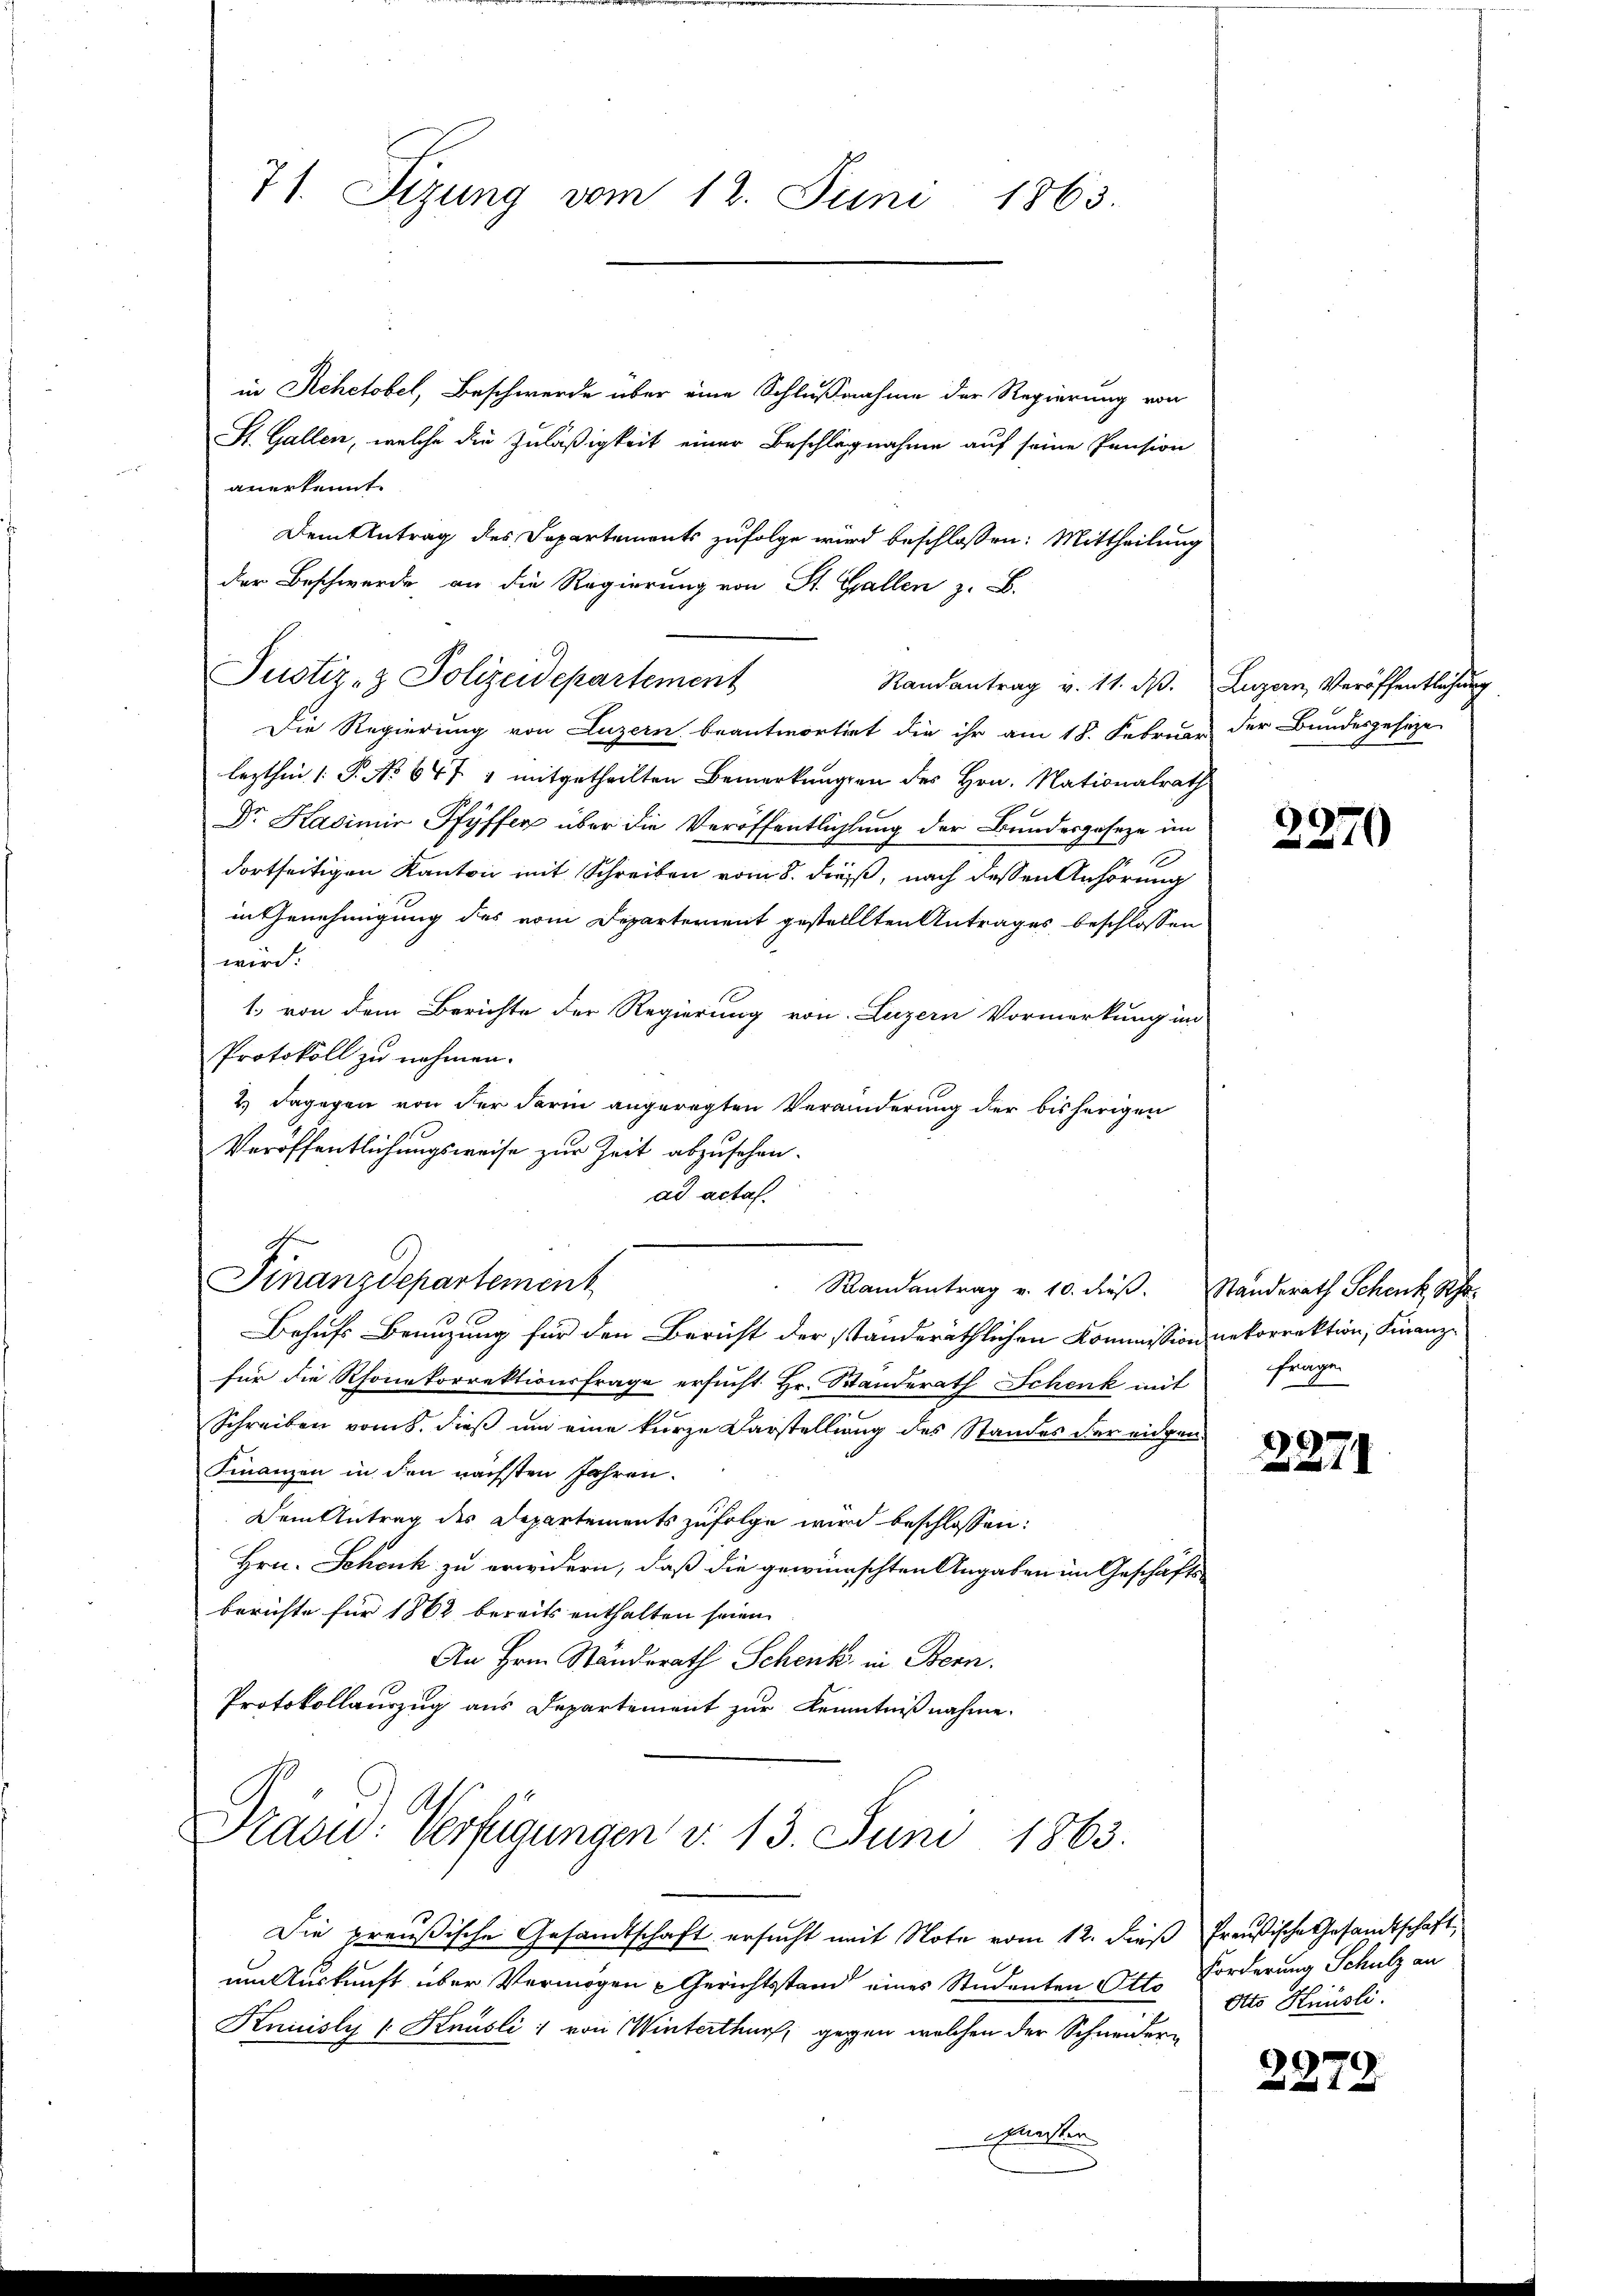
71. Sizung vom 12. Juni 1863.

in Rehetobel, Beschwerde über eine Schlußnahme der Regierung von
St. Gallen, welche die Zuläßigkeit einer Beschlagnahme auf seine Pension
anerkennt.
Dem Antrag des Departements zufolge wird beschlossen: Mittheilung
der Beschwerde an die Regierung von St. Gallen z. B.
Randantrag v. 11. d. Luzern, Veröffentlichung
Die Regierung von Luzern beantwortigt die ihr am 18. Februar der Bundesgeseze
lezthin 1 S. No 647 & mitgetheilten Bemerkungen des Hrn. Nationalrath
Dr. Kasimir Pfyffer über die Veröffentlichtung der Bundesgeseze im
1
dortseitigen Kanton mit Schreiben vom 8. dieß, nach dessen Anhörung
in Genehmigung des vom Departement gestelllten Antrages beschlossen
wird:
1. von dem Berichte der Regierung von Luzern Vormerkung im
Protokoll zu nehmen.
2.) Dagegen von der darin angeregten Veränderung der bisherigen
Veröffentlichungsweise zur Zeit abzusehen.
ad actal.
c
Finanzdepartement
Randantrag v. 10. dieß. Standerath Schenk Scha-
Behufs Benuzung für den Bericht der ständeräthlichen Kommission nekorrektion, Finanz-
für die Rhonekorrektionsfrage ersucht Hr. Standerath Schenk mit Frage
Schreiben vom 8. dieß um eine kurze Darstellung des Standes der eidgen.
Finanzen in den nächsten Jahren.
Dem Antrag des Departements zufolge wird beschlossen:
Hrn. Schenk zu erwidern, daß die gewünschten Angaben im Geschäfts-
berichte für 1862 bereits enthalten seien.
An Hrn. Ständerath Schenk in Bern.
Protokollauszug aus Departement zur Kenntnißnahme.
Präsid.: Verfügungen v. 13. Juni 1863.
Die preußische Gesandtschaft ersucht mit Note vom 12. dieß Preußische Gesandtschaft,
um Auskunft über Vermögen Gerichtsstand eines Studenten Otto
Kniuisly ( Knüsli von Winterthur, gegen welchen der Schneider¬
Euesten

Justiz- & Polizeidepartement

2270

2271

Forderung Schulz an
Otto Knüsli.

2278